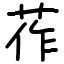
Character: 莋